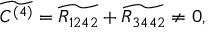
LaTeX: \widetilde { C ^ { ( 4 ) } } = \widetilde { R _ { 1 2 4 2 } } + \widetilde { R _ { 3 4 4 2 } } \neq 0 ,